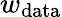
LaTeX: w_{\textrm{data}}